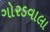
ગોરડવાલા